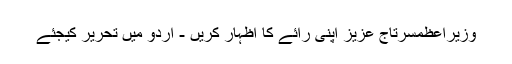
وزیراعظمسرتاج عزیز اپنی رائے کا اظہار کریں - اُردو میں تحریر کیجئے